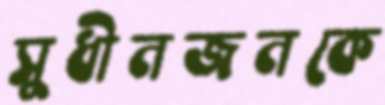
সুধীনজনকে